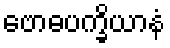
ဗောဓပက္ခိယာနံ